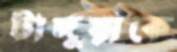
টাঙ্গুয়াকে